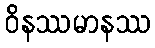
ဝိနဿမာနဿ